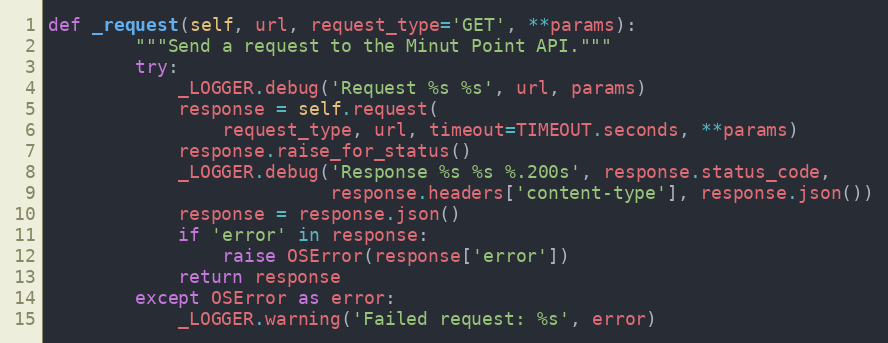
Language: Python
def _request(self, url, request_type='GET', **params):
        """Send a request to the Minut Point API."""
        try:
            _LOGGER.debug('Request %s %s', url, params)
            response = self.request(
                request_type, url, timeout=TIMEOUT.seconds, **params)
            response.raise_for_status()
            _LOGGER.debug('Response %s %s %.200s', response.status_code,
                          response.headers['content-type'], response.json())
            response = response.json()
            if 'error' in response:
                raise OSError(response['error'])
            return response
        except OSError as error:
            _LOGGER.warning('Failed request: %s', error)